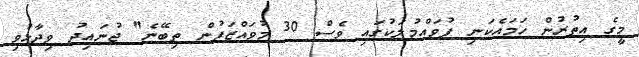
މީގެ އިތުރުން ހަމައެކަނި ފުވައްމުލަކުގައި ވެސް 30 މުވައްޒަފުން ތިބޭނެ" ޖުނައިދު ވިދާޅުވި